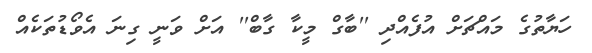
ހަޔާތުގެ މައްޗަށް އުފެއްދި ''ބާގް މީކާ ގާބް'' އަށް ވަނީ ގިނަ އެވޯޑުތަކެއް